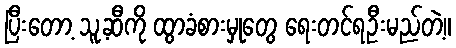
ပြီးတော့ သူ့ဆီကို ထွာခံစားမှုတွေ ရေးတင်ရဦးမည်တဲ့။